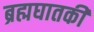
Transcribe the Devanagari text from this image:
ब्रह्मघातकी